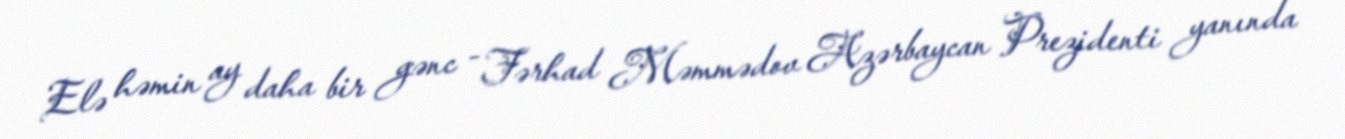
Elə həmin ay daha bir gənc - Fərhad Məmmədov Azərbaycan Prezidenti yanında